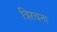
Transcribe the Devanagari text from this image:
त्रिरचना